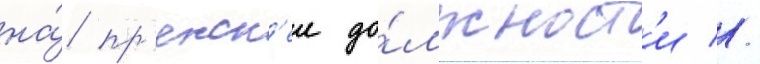
на́ пр'ежн'еи до́лжност'и //